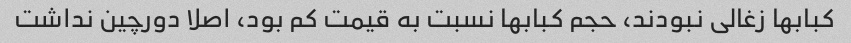
کبابها زغالی نبودند، حجم کبابها نسبت به قیمت کم بود، اصلا دورچین نداشت